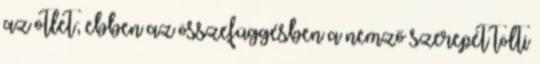
az ötlet; ebben az összefüggésben a nemző szerepét tölti